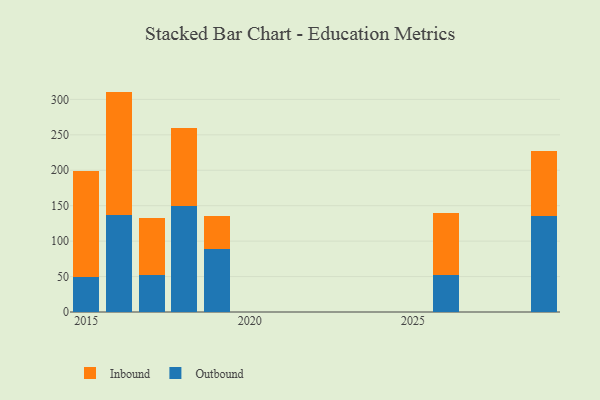
{"axis": {"x": "Year", "y": "Backlog"}, "legend": ["Inbound", "Outbound"], "data": [{"x": "2015", "y": 48.8, "type": "Outbound"}, {"x": "2015", "y": 150.6, "type": "Inbound"}, {"x": "2019", "y": 89.2, "type": "Outbound"}, {"x": "2019", "y": 45.8, "type": "Inbound"}, {"x": "2017", "y": 51.6, "type": "Outbound"}, {"x": "2017", "y": 80.9, "type": "Inbound"}, {"x": "2029", "y": 135.6, "type": "Outbound"}, {"x": "2029", "y": 91.0, "type": "Inbound"}, {"x": "2016", "y": 136.2, "type": "Outbound"}, {"x": "2016", "y": 174.8, "type": "Inbound"}, {"x": "2018", "y": 149.0, "type": "Outbound"}, {"x": "2018", "y": 110.1, "type": "Inbound"}, {"x": "2026", "y": 52.4, "type": "Outbound"}, {"x": "2026", "y": 86.6, "type": "Inbound"}]}